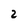
Character: 2